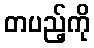
တပည့်ကို